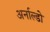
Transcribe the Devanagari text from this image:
अर्नाल्डो